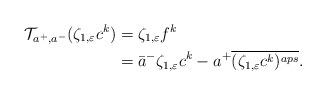
LaTeX: \begin{align*}\mathcal{T}_{a^+,a^-}(\zeta_{1,\varepsilon}c^k)&=\zeta_{1,\varepsilon}f^k\\&=\bar{a}^-\zeta_{1,\varepsilon}c^k-a^+\overline{(\zeta_{1,\varepsilon}c^k)^{aps}}.\end{align*}